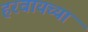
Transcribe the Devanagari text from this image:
हरवायच्या